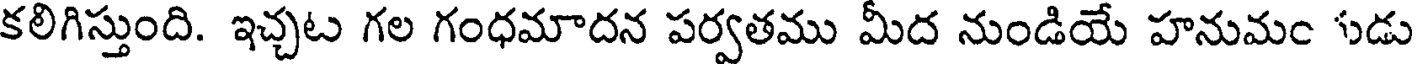
కలిగిస్తుంది. ఇచ్చట గల గంధమాదన పర్వతము మీద నుండియే హనుమం ుడు